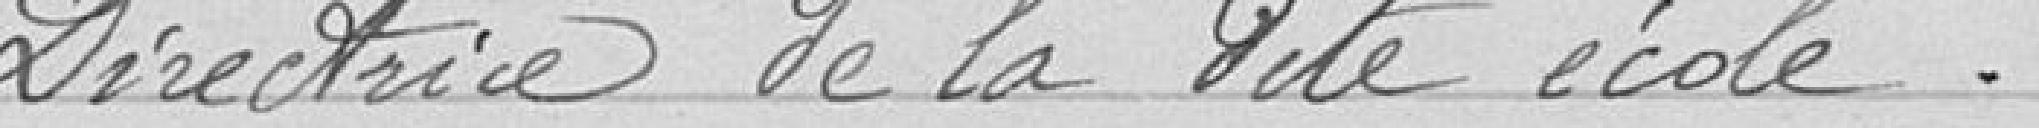
Directrice de la dite école.